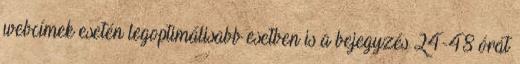
webcímek esetén legoptimálisabb esetben is a bejegyzés 24-48 órát